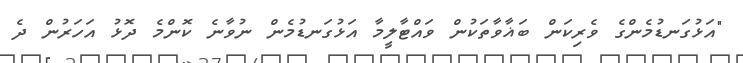
"އަޅުގަނޑުމެންގެ ވެރިކަން ބަޣާވާތަކުން ވައްޓާލީމާ އަޅުގަނޑުމެން ނުވާނެ ކޮންމެ ދޮޅު އަހަރުން ދެ